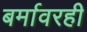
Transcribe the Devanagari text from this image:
बर्मावरही